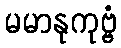
မမာနုကုဗ္ဗံ